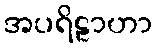
အပရိဠာဟာ